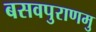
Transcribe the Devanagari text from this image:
बसवपुराणमु